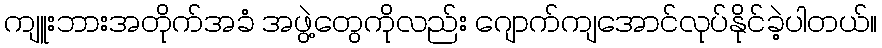
ကျူးဘားအတိုက်အခံ အဖွဲ့တွေကိုလည်း ဂျောက်ကျအောင်လုပ်နိုင်ခဲ့ပါတယ်။